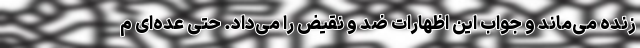
زنده می‌ماند و جواب این اظهارات ضد و نقیض را می‌داد. حتی عده‌ای م